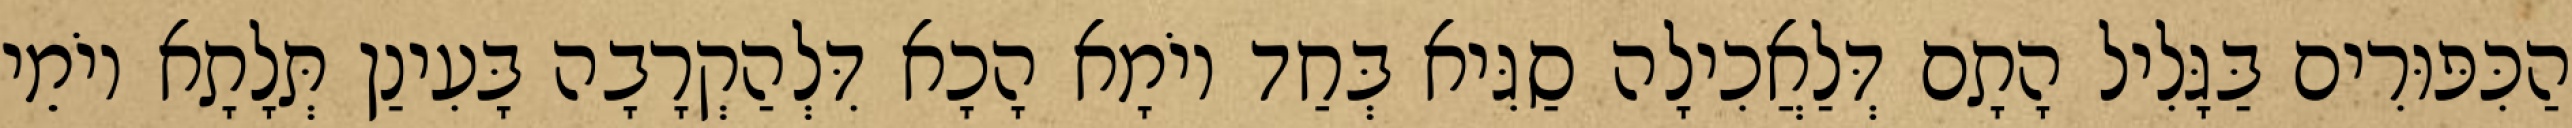
הַכִּפּוּרִים בַּגָּלִיל הָתָם דְּלַאֲכִילָה סַגִּיא בְּחַד יוֹמָא הָכָא דִּלְהַקְרָבָה בָּעִינַן תְּלָתָא יוֹמֵי